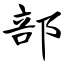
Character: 部